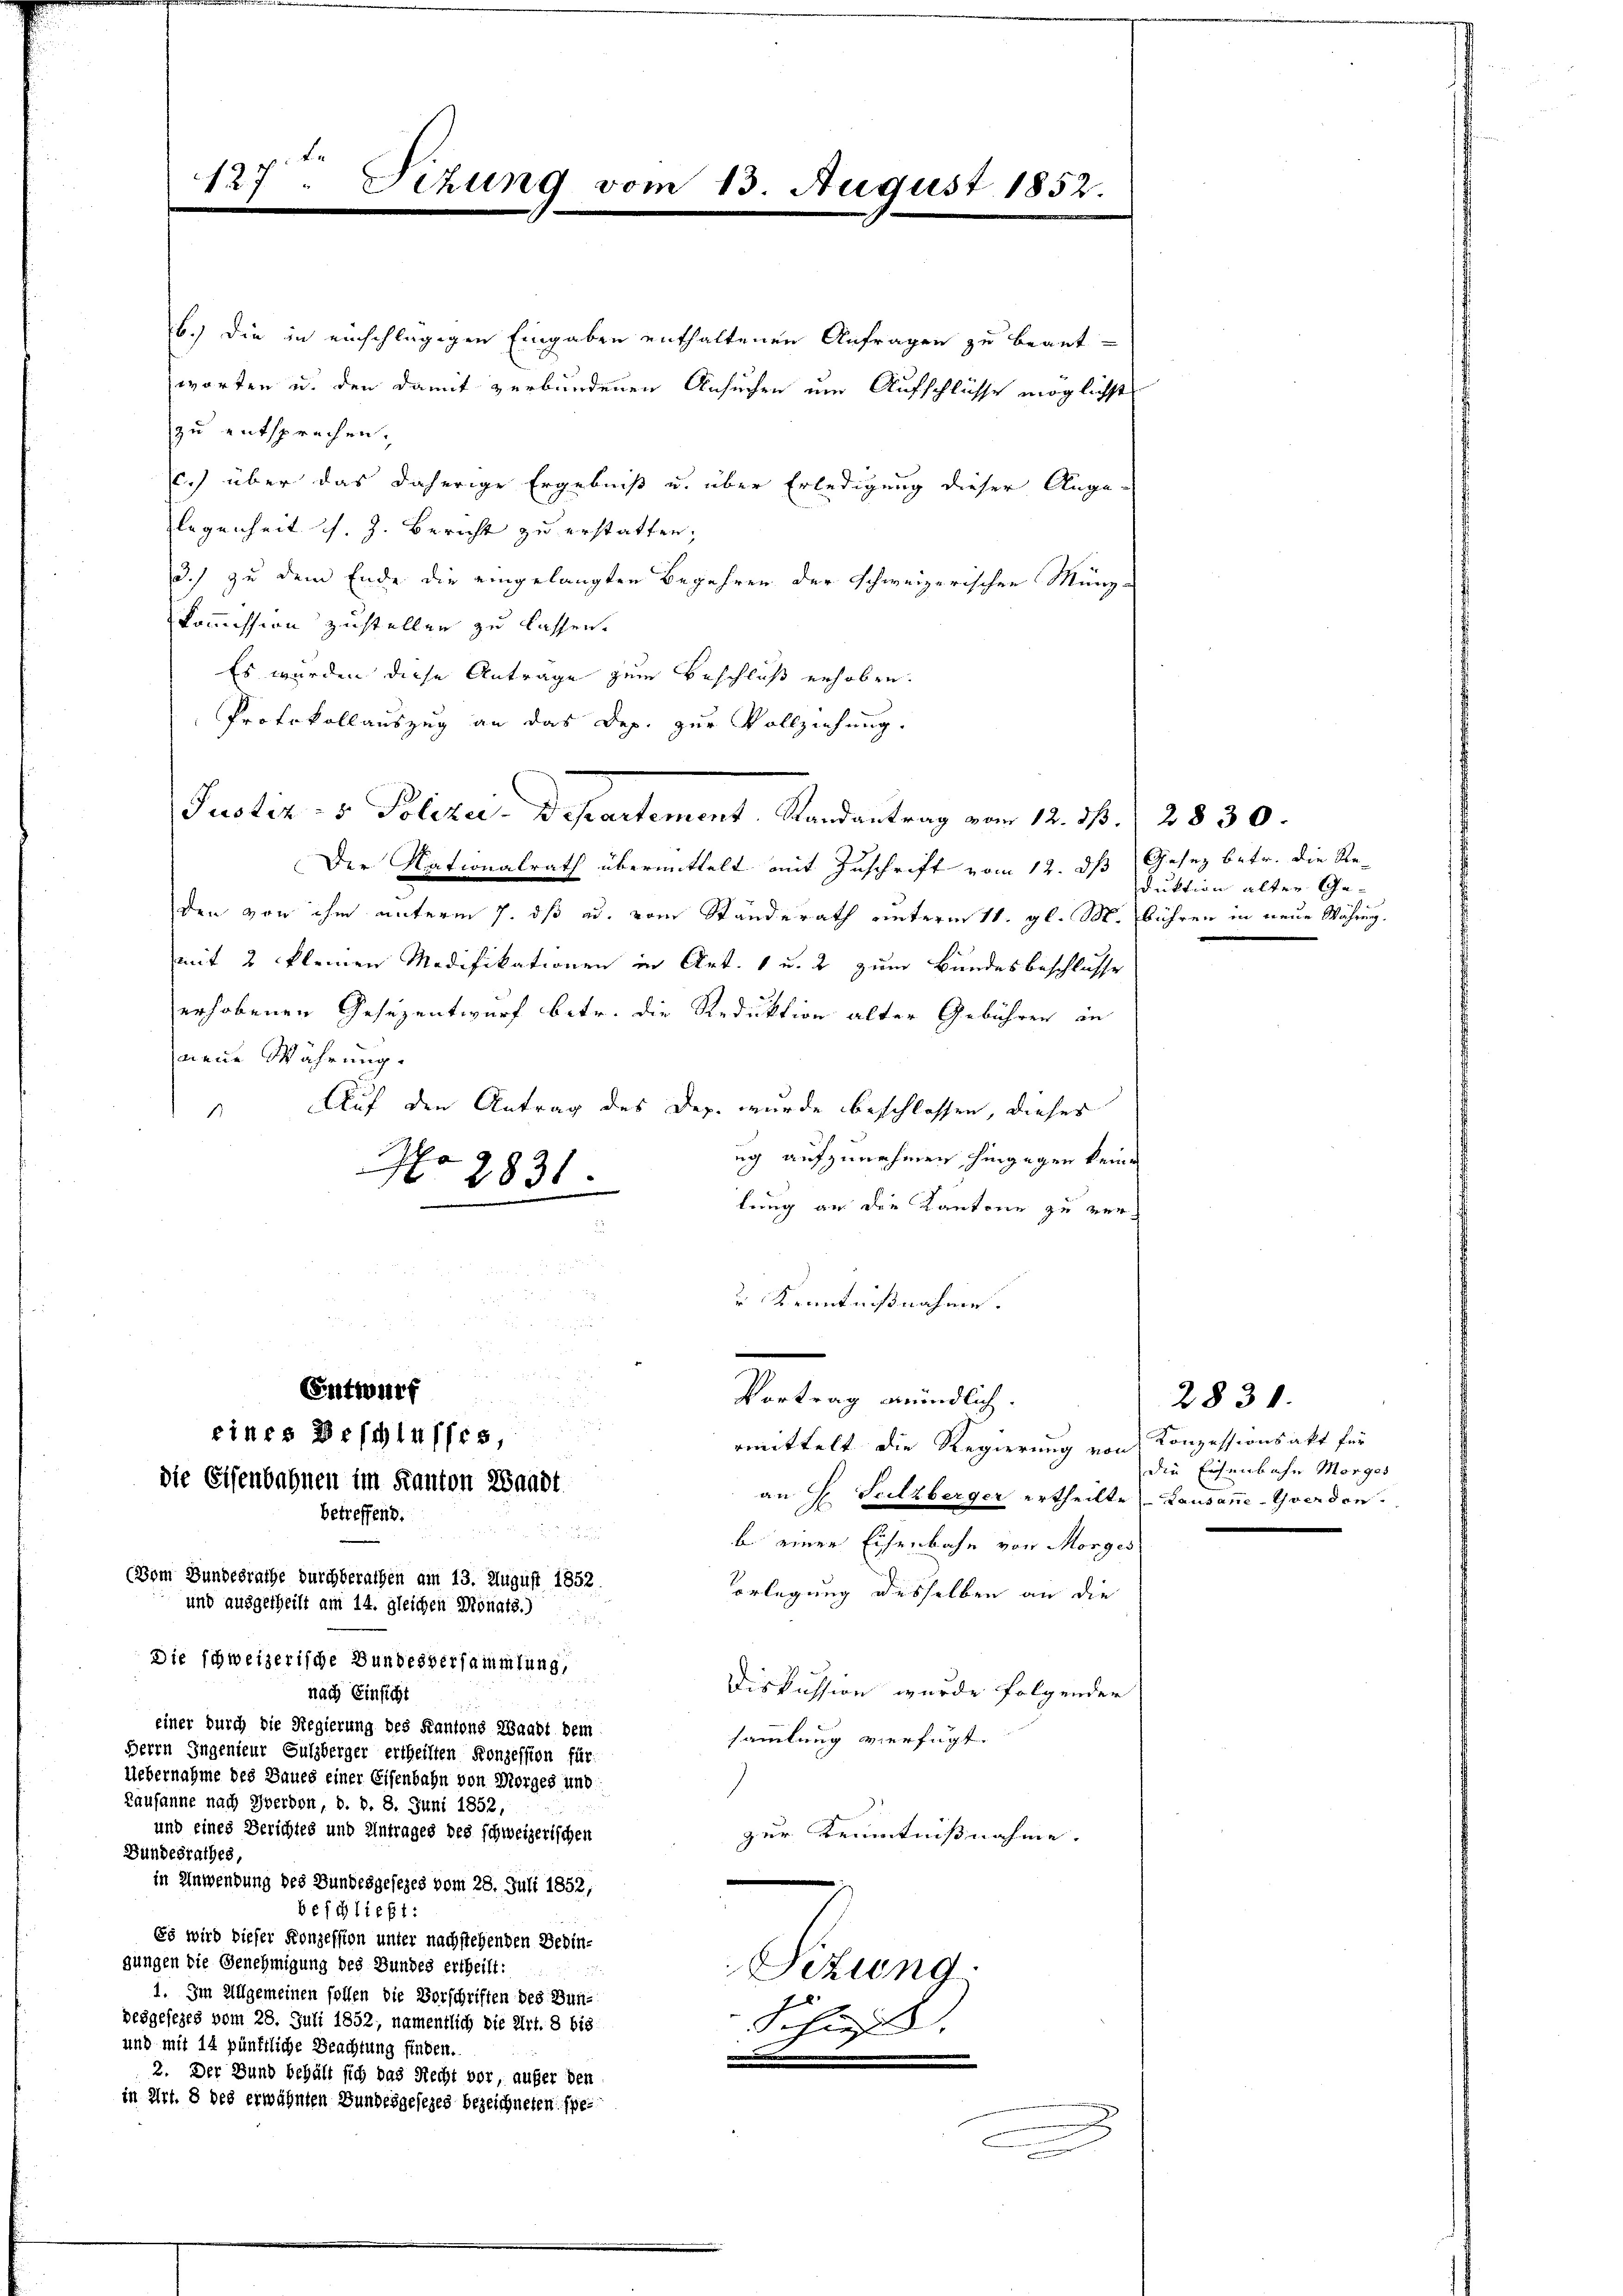
127. Sizung vom 13. August 1852.

Justiz- & Polizei-Departement. Randantrag vom 12. d. 2830.

b.) die in einschlägigen Eingaben enthaltenen Anfragen zu beantworten u. den damit verbundenen Ansuchen um Aufschlüsse möglichst
zu entsprechen.
c.) über das daherige Ergebniß u. über Erledigung dieser Ange-
legenheit s. Z. Bericht zu erstatten;
3.) zu dem Ende die eingelangten Begehren der Schweizerischen Münz-
Kommission zustellen zu lassen.
Es wurden diese Anträge zum Beschluß erhoben.
Protokollauszug an das Dep. zur Vollziehung.
Der Nationalrath übermittelt mit Zuschrift vom 12. d
den von ihm unterm 7. dß ad. vom Standerath unterm 11. gl. M. bühren in neue Währen.
mit 2 kleinen Modifikationen in Art. 1 u. 2 zum Bundesbeschlusse
erhobenen Gesezentwurf betr. die Reduktion alter Gebühren in
neue Währung.
Auf den Antrag des Dep. wurde beschlossen, dieses
1
ug aufzunehmen hingegen keine
No 2831.
lung an die Kantone zu verr Kenntnißnahme.
Entwurf
Vortrag mündlich.
eines Beschlusses,
rmittelt die Regierung von Konzessionsakt für
die Eisenbahnen im Kanton Waadt
an H. Sulzberger ertheilte Lausanne-Yverden.
betreffend.
d
b. einer Eisenbahn von Morges
(Dom Bundesrathe durchberathen am 13. August 1852.
orlegung desselben an die
und ausgetheilt am 14. gleichen Monats.)

Die schweizerische Bundesversammlung,
Diskussion wurde folgender
nach Einsicht
n
einer durch die Regierung des Kantons Waadt dem
sammlung verfügt:
Herrn Ingenieur Sulzberger ertheilten Konzession für
Uebernahme des Baues einer Eisenbahn von Morges und
1
Lausanne nach Zverdon, d. d. 8. Juni 1852,
und eines Berichtes und Antrages des schweizerischen
zur Kenntnißnahme.
Bundesrathes,
.
in Anwendung des Bundesgesezes vom 28. Juli 1852,
beschließt:
Es wird dieser Konzession unter nachstehenden Bedingungen die Genehmigung des Bundes ertheilt:
Sizung.
1. Im Allgemeinen sollen die Vorschriften des Bunpesgesezes vom 28. Juli 1852, namentlich die Art. 8 bis
Schif
und mit 14 pünktliche Beachtung finden.

2. Der Bund behält sich das Recht vor, aufer den
in Art. 8 des erwähnten Bundesgesezes bezeichneten spe¬

Gesetz betr. die Re-
duktion alter Ge¬

2831.
die Eisenbahn Morges